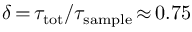
\delta \, { = } \, \tau _ { \mathrm { t o t } } / \tau _ { \mathrm { s a m p l e } } \, { \approx } \, 0 . 7 5